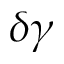
\delta \gamma